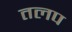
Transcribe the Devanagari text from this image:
तलप